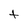
Character: t